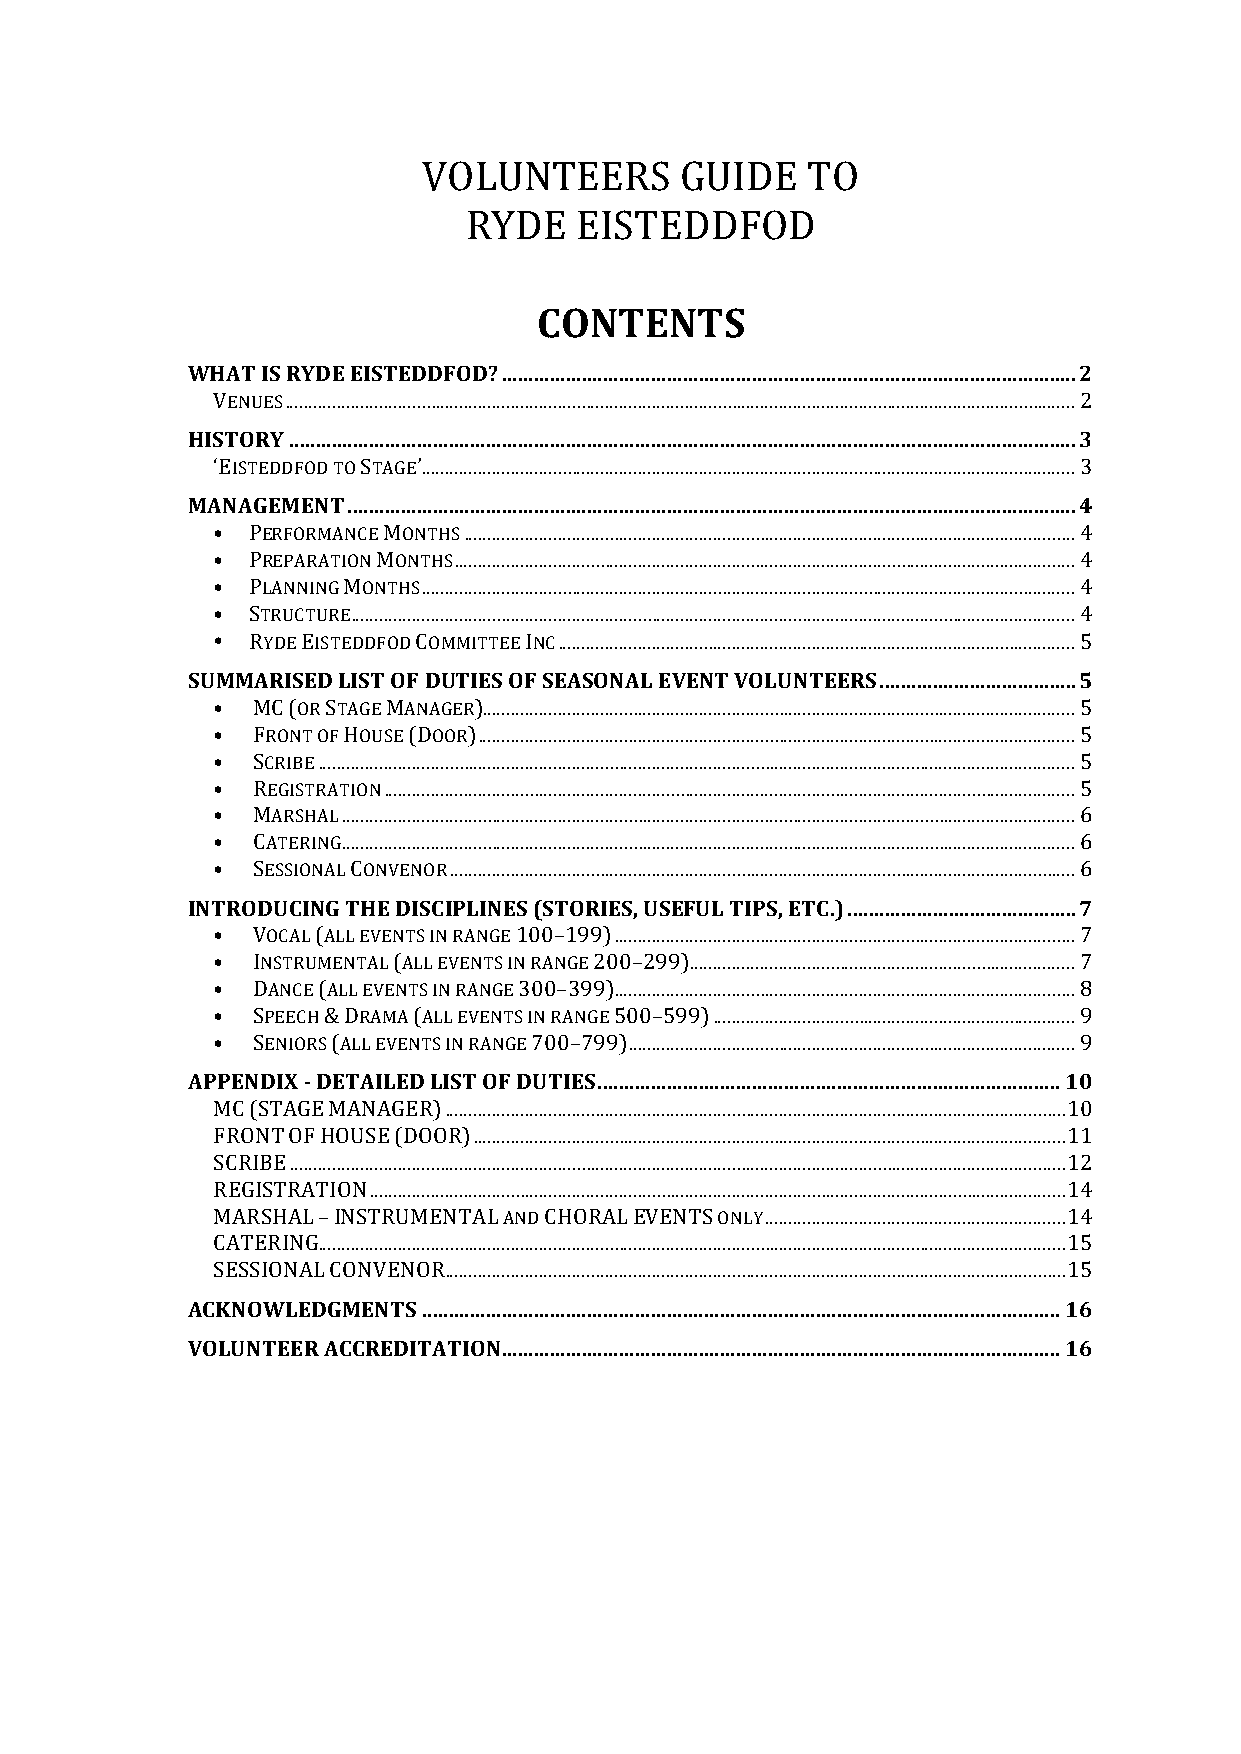
VOLUNTEERS       GUIDE   TO
 RYDE   EISTEDDFOD
 CONTENTS
 WHAT IS RYDE EISTEDDFOD? ............................................................................................................ 2
 VENUES ........................................................................................................................................................................ 2
 HISTORY .................................................................................................................................................... 3
 ‘EISTEDDFOD TO STAGE’ ........................................................................................................................................... 3
 MANAGEMENT ......................................................................................................................................... 4
 • PERFORMANCE MONTHS .................................................................................................................................. 4
 • PREPARATION MONTHS .................................................................................................................................... 4
 • PLANNING MONTHS ........................................................................................................................................... 4
 • STRUCTURE .......................................................................................................................................................... 4
 • RYDE EISTEDDFOD COMMITTEE INC .............................................................................................................. 5
 SUMMARISED LIST OF DUTIES OF SEASONAL EVENT VOLUNTEERS ..................................... 5
 •  MC (OR STAGE MANAGER) .............................................................................................................................. 5
 •  FRONT OF HOUSE (DOOR) ............................................................................................................................... 5
 •  SCRIBE ................................................................................................................................................................. 5
 •  REGISTRATION ................................................................................................................................................... 5
 •  MARSHAL ............................................................................................................................................................ 6
 •  CATERING ............................................................................................................................................................ 6
 •  SESSIONAL CONVENOR ..................................................................................................................................... 6
 INTRODUCING THE DISCIPLINES (STORIES, USEFUL TIPS, ETC.) ........................................... 7
 •  VOCAL (ALL EVENTS IN RANGE 100–199) .................................................................................................. 7
 •  INSTRUMENTAL (ALL EVENTS IN RANGE 200–299) .................................................................................. 7
 •  DANCE (ALL EVENTS IN RANGE 300–399) .................................................................................................. 8
 •  SPEECH & DRAMA (ALL EVENTS IN RANGE 500–599) ............................................................................. 9
 •  SENIORS (ALL EVENTS IN RANGE 700–799) ............................................................................................... 9
 APPENDIX - DETAILED LIST OF DUTIES ....................................................................................... 10
 MC (STAGE MANAGER) .................................................................................................................................... 10
 FRONT OF HOUSE (DOOR) .............................................................................................................................. 11
 SCRIBE ..................................................................................................................................................................... 12
 REGISTRATION .................................................................................................................................................... 14
 MARSHAL – INSTRUMENTAL AND CHORAL EVENTS ONLY ................................................................ 14
 CATERING ............................................................................................................................................................... 15
 SESSIONAL CONVENOR .................................................................................................................................... 15
 ACKNOWLEDGMENTS ........................................................................................................................ 16
 VOLUNTEER ACCREDITATION ......................................................................................................... 16